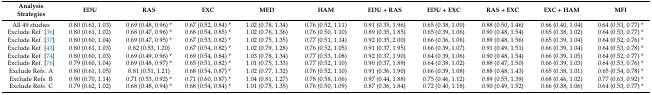
<table><thead><tr><td><b>Analysis Strategies</b></td><td><b>EDU</b></td><td><b>RAS</b></td><td><b>EXC</b></td><td><b>MED</b></td><td><b>HAM</b></td><td><b>EDU + RAS</b></td><td><b>EDU + EXC</b></td><td><b>RAS + EXC</b></td><td><b>EXC + HAM</b></td><td><b>MFI</b></td></tr></thead><tbody><tr><td>All 49 studies</td><td>0.80 (0.61, 1.03)</td><td>0.69 (0.48, 0.96) *</td><td>0.67 (0.52, 0.84) *</td><td>1.02 (0.78, 1.34)</td><td>0.76 (0.52, 1.11)</td><td>0.91 (0.35, 1.96)</td><td>0.65 (0.38, 1.00)</td><td>0.88 (0.50, 1.46)</td><td>0.66 (0.40, 1.04)</td><td>0.64 (0.53, 0.77) *</td></tr><tr><td>Exclude Ref. [36]</td><td>0.80 (0.61, 1.02)</td><td>0.68 (0.47, 0.96) *</td><td>0.68 (0.54, 0.85) *</td><td>1.02 (0.76, 1.36)</td><td>0.76 (0.50, 1.10)</td><td>0.89 (0.35, 1.85)</td><td>0.65 (0.39, 1.06)</td><td>0.90 (0.48, 1.54)</td><td>0.65 (0.38, 1.02)</td><td>0.64 (0.53, 0.77) *</td></tr><tr><td>Exclude Ref. [37]</td><td>0.80 (0.60, 1.04)</td><td>0.69 (0.47, 0.95) *</td><td>0.67 (0.53, 0.82) *</td><td>1.02 (0.75, 1.35)</td><td>0.77 (0.51, 1.14)</td><td>0.92 (0.35, 2.00)</td><td>0.66 (0.36, 1.06)</td><td>0.89 (0.48, 1.56)</td><td>0.65 (0.39, 1.04)</td><td>0.64 (0.52, 0.76) *</td></tr><tr><td>Exclude Ref. [43]</td><td>0.80 (0.61, 1.03)</td><td>0.82 (0.53, 1.20)</td><td>0.67 (0.54, 0.82) *</td><td>1.02 (0.79, 1.28)</td><td>0.76 (0.52, 1.05)</td><td>0.91 (0.37, 1.95)</td><td>0.66 (0.39, 1.07)</td><td>0.91 (0.49, 1.51)</td><td>0.66 (0.39, 1.04)</td><td>0.64 (0.53, 0.78) *</td></tr><tr><td>Exclude Ref. [74]</td><td>0.80 (0.60, 1.03)</td><td>0.69 (0.49, 0.96) *</td><td>0.69 (0.54, 0.84) *</td><td>1.03 (0.78, 1.34)</td><td>0.77 (0.53, 1.08)</td><td>0.92 (0.37, 1.90)</td><td>0.64 (0.39, 1.06)</td><td>0.90 (0.48, 1.54)</td><td>0.66 (0.39, 1.05)</td><td>0.64 (0.52, 0.77) *</td></tr><tr><td>Exclude Ref. [76]</td><td>0.79 (0.60, 1.04)</td><td>0.69 (0.48, 0.97) *</td><td>0.65 (0.51, 0.82) *</td><td>1.01 (0.75, 1.33)</td><td>0.77 (0.52, 1.10)</td><td>0.90 (0.37, 1.89)</td><td>0.64 (0.38, 1.02)</td><td>0.88 (0.47, 1.50)</td><td>0.66 (0.39, 1.03)</td><td>0.64 (0.53, 0.76) *</td></tr><tr><td>Exclude Refs. A</td><td>0.80 (0.61, 1.05)</td><td>0.81 (0.51, 1.21)</td><td>0.68 (0.54, 0.87) *</td><td>1.02 (0.77, 1.32)</td><td>0.76 (0.52, 1.10)</td><td>0.91 (0.36, 1.90)</td><td>0.66 (0.39, 1.08)</td><td>0.88 (0.48, 1.43)</td><td>0.65 (0.38, 1.01)</td><td>0.65 (0.54, 0.78) *</td></tr><tr><td>Exclude Refs. B</td><td>0.90 (0.70, 1.14)</td><td>0.71 (0.53, 0.92) *</td><td>0.71 (0.60, 0.87) *</td><td>1.04 (0.81, 1.27)</td><td>0.78 (0.58, 1.06)</td><td>0.97 (0.44, 1.88)</td><td>0.75 (0.46, 1.12)</td><td>0.89 (0.55, 1.39)</td><td>0.68 (0.46, 1.02)</td><td>0.77 (0.63, 0.92) *</td></tr><tr><td>Exclude Refs. C</td><td>0.79 (0.62, 1.02)</td><td>0.68 (0.48, 0.94) *</td><td>0.68 (0.54, 0.84) *</td><td>1.01 (0.75, 1.35)</td><td>0.76 (0.50, 1.09)</td><td>0.87 (0.36, 1.84)</td><td>0.72 (0.40, 1.18)</td><td>0.90 (0.49, 1.52)</td><td>0.66 (0.38, 1.06)</td><td>0.64 (0.53, 0.77) *</td></tr></tbody></table>